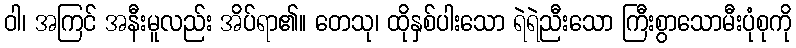
ဝါ၊ အကြင် အနီးမူလည်း အိပ်ရာ၏။ တေသု၊ ထိုနှစ်ပါးသော ရဲရဲညီးသော ကြီးစွာသောမီးပုံစုကို